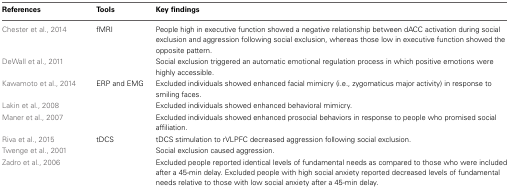
<table><thead><tr><td><b>References</b></td><td><b>Tools</b></td><td><b>Key findings</b></td></tr></thead><tbody><tr><td>Chester et al., 2014</td><td>fMRI</td><td>People high in executive function showed a negative relationship between dACC activation during social exclusion and aggression following social exclusion, whereas those low in executive function showed the opposite pattern.</td></tr><tr><td>DeWall et al., 2011</td><td></td><td>Social exclusion triggered an automatic emotional regulation process in which positive emotions were highly accessible.</td></tr><tr><td>Kawamoto et al., 2014</td><td>ERP and EMG</td><td>Excluded individuals showed enhanced facial mimicry (i.e., zygomaticus major activity) in response to smiling faces.</td></tr><tr><td>Lakin et al., 2008</td><td></td><td>Excluded individuals showed enhanced behavioral mimicry.</td></tr><tr><td>Maner et al., 2007</td><td></td><td>Excluded individuals showed enhanced prosocial behaviors in response to people who promised social affiliation.</td></tr><tr><td>Riva et al., 2015</td><td>tDCS</td><td>tDCS stimulation to rVLPFC decreased aggression following social exclusion.</td></tr><tr><td>Twenge et al., 2001</td><td></td><td>Social exclusion caused aggression.</td></tr><tr><td>Zadro et al., 2006</td><td></td><td>Excluded people reported identical levels of fundamental needs as compared to those who were included after a 45-min delay. Excluded people with high social anxiety reported decreased levels of fundamental needs relative to those with low social anxiety after a 45-min delay.</td></tr></tbody></table>